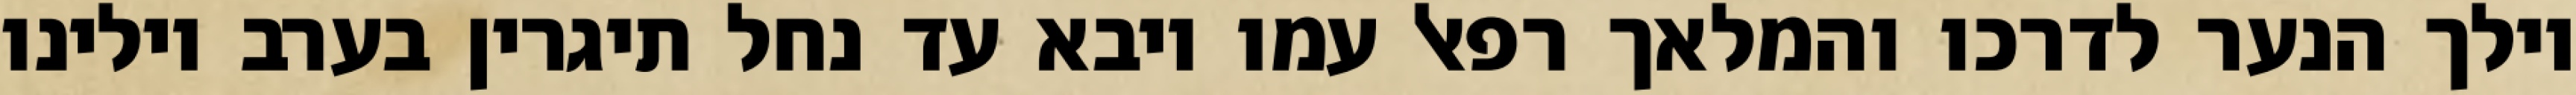
וילך הנער לדרכו והמלאך רפאל עמו ויבא עד נחל תיגרין בערב וילינו